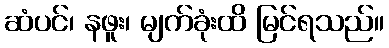
ဆံပင်၊ နဖူး၊ မျက်ခုံးထိ မြင်ရသည်။